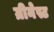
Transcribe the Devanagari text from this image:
ग्रीनेस्ट